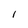
Character: 1